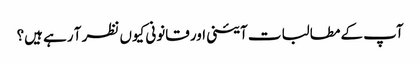
آپ کے مطالبات آئینی اور قانونی کیوں نظر آ رہے ہیں؟